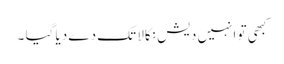
کبھی تو انہیں دیش نکالا تک دے دیا گیا ۔